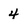
Character: 4